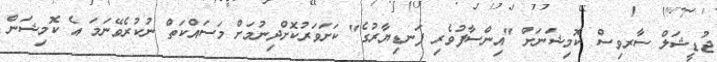
ޖުޑީޝަލް ސާރވިސް ކޮމިޝަނަށް "އިންސާފުވެރި ފަނޑިޔާރުގެ" ކަށަވަރުކޮށްދިނުމަށް މަސައްކަތް ނުކުރެވޭނަމަ އެ ކޮމިޝަން